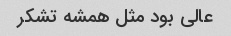
عالی بود مثل همشه تشکر